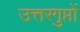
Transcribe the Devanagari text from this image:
उत्तरगुप्तों